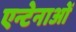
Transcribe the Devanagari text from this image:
एन्टेनाओं